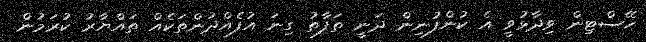
ހޭސްޓިން ވިދާޅުވީ އެ ކުންފުނިން ދަނީ ތަފާތު ގިނަ އުފެއްދުންތަކެއް ތައްޔާރު ކުރަމުން